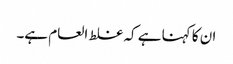
ان کا کہنا ہے کہ غلط العام ہے۔